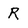
Character: R